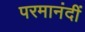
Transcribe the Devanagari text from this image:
परमानंदीं